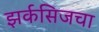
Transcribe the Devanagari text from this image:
झर्कसिजचा